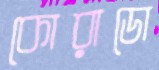
কোরাডো